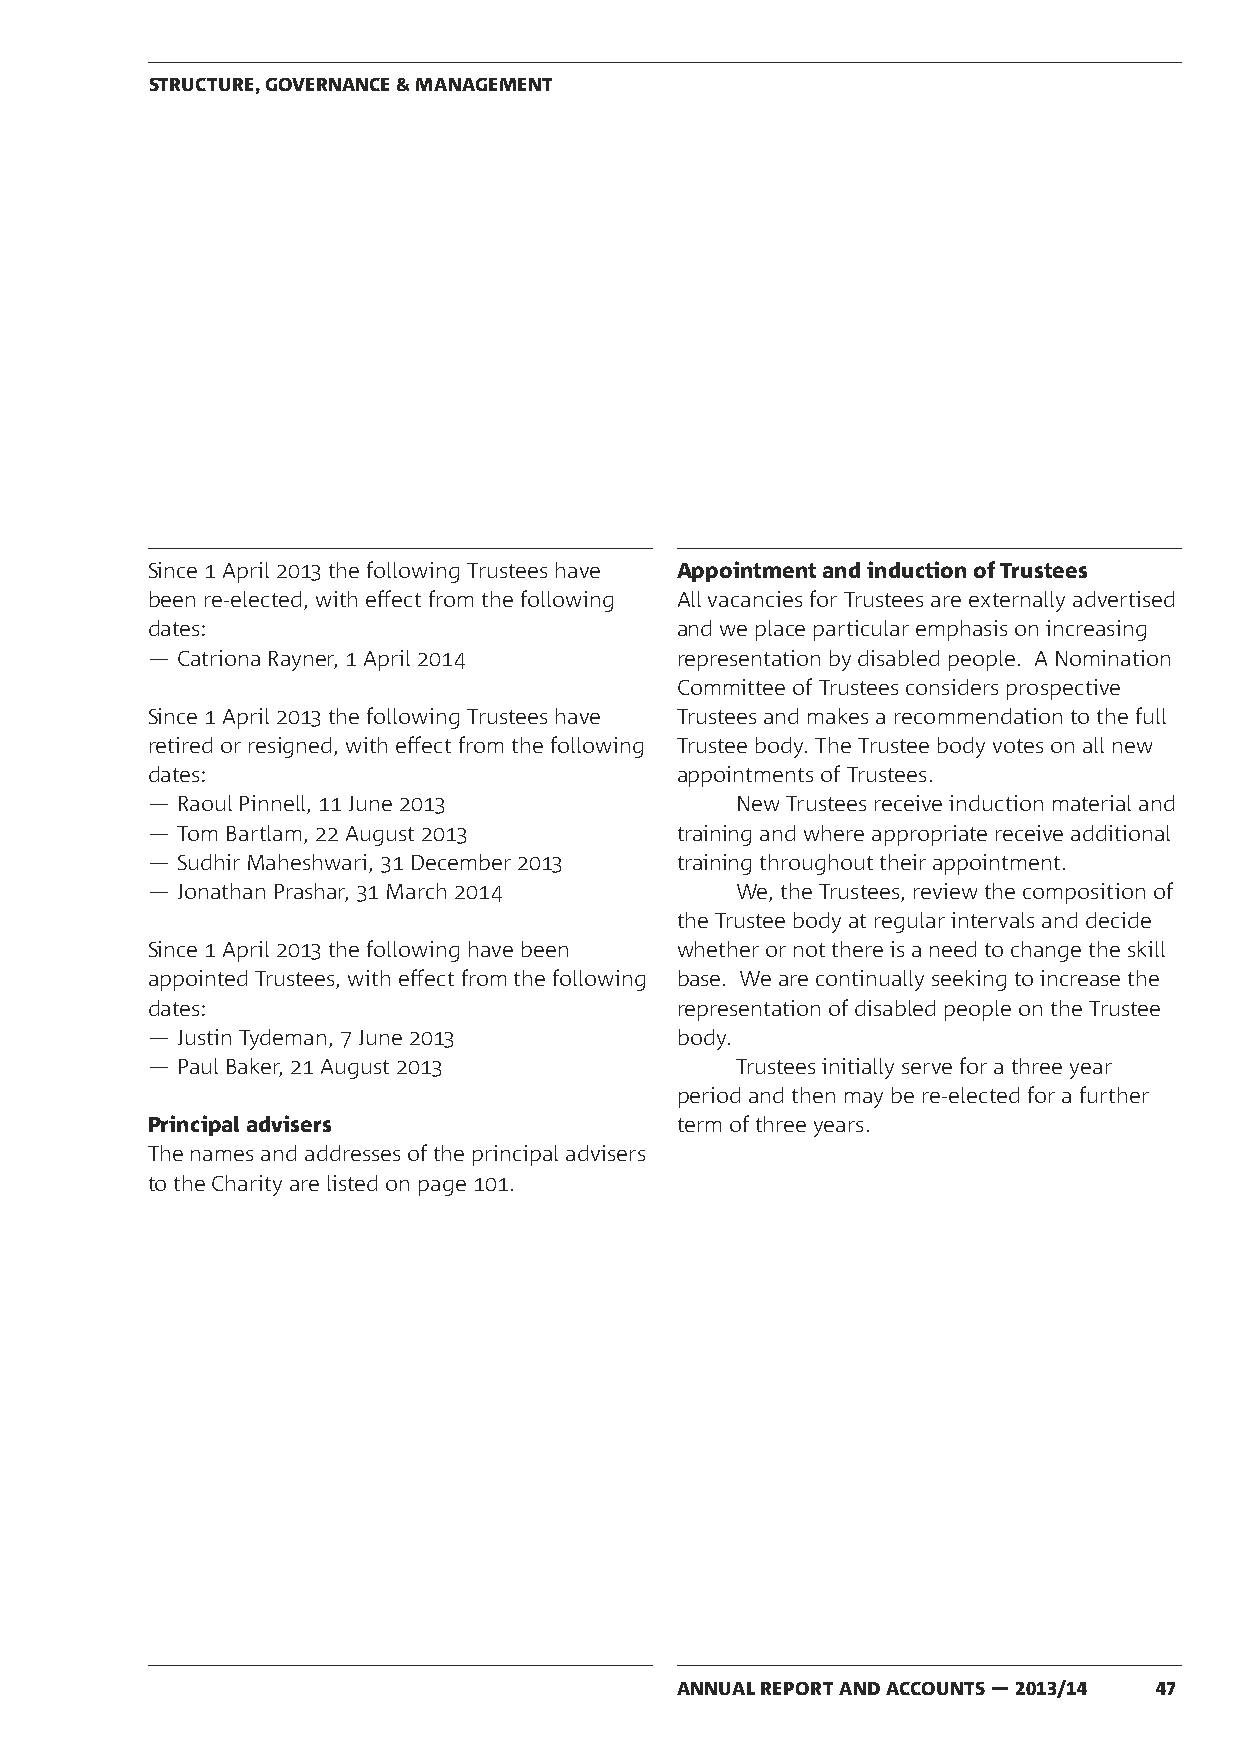
STRUCTURE, GOVERNANCE & MANAGEMENT
 Since 1 April 2013 the following Trustees have Appointment and induction of Trustees
 been re-elected, with effect from the following All vacancies for Trustees are externally advertised
 dates:                             and we place particular emphasis on increasing
 ― Catriona Rayner, 1 April 2014    representation by disabled people. A Nomination
 Committee of Trustees considers prospective
 Since 1 April 2013 the following Trustees have Trustees and makes a recommendation to the full
 retired or resigned, with effect from the following Trustee body. The Trustee body votes on all new
 dates:                             appointments of Trustees.
 ― Raoul Pinnell, 11 June 2013          New Trustees receive induction material and
 ― Tom Bartlam, 22 August 2013      training and where appropriate receive additional
 ― Sudhir Maheshwari, 31 December 2013 training throughout their appointment.
 ― Jonathan Prashar, 31 March 2014      We, the Trustees, review the composition of
 the Trustee body at regular intervals and decide
 Since 1 April 2013 the following have been whether or not there is a need to change the skill
 appointed Trustees, with effect from the following base. We are continually seeking to increase the
 dates:                             representation of disabled people on the Trustee
 ― Justin Tydeman, 7 June 2013      body.
 ― Paul Baker, 21 August 2013           Trustees initially serve for a three year
 period and then may be re-elected for a further
 Principal advisers                 term of three years.
 The names and addresses of the principal advisers
 to the Charity are listed on page 101.
 ANNUAL REPORT AND ACCOUNTS — 2013/14 47